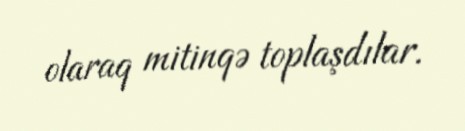
olaraq mitinqə toplaşdılar.